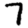
Digit: 7